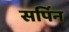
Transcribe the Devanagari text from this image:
सर्पिन